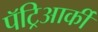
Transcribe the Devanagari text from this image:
पॅट्रिआर्की